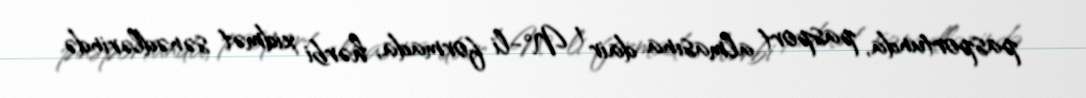
pasportunda, pasport almasına dair 1 N°-li formada, hərbi xidmət sənədlərində